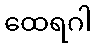
ထေရဂါ